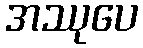
အဿုပေ